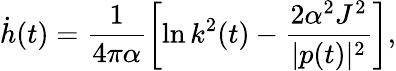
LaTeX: \dot{h}(t)=\frac{1}{4\pi\alpha}\left[\ln k^{2}(t)-\frac{2\alpha^{2}J^{2}}{|p(t)|^{2}}\right],